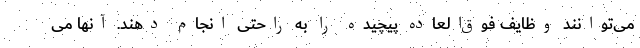
می‌توانند وظایف فوق‌العاده پیچیده را به راحتی انجام دهند. آنها می